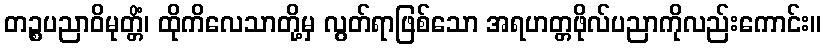
တဉ္စပညာဝိမုတ္တိံ၊ ထိုကိလေသာတို့မှ လွတ်ရာဖြစ်သော အရဟတ္တဖိုလ်ပညာကိုလည်းကောင်း။